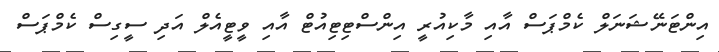
އިންޓަނޭޝަނަލް ކެމްޕަސް އާއި މާކިއުރީ އިންސްޓިޓިއުޓް އާއި ވީޓީއެލް އަދި ސީގިސް ކެމްޕަސް